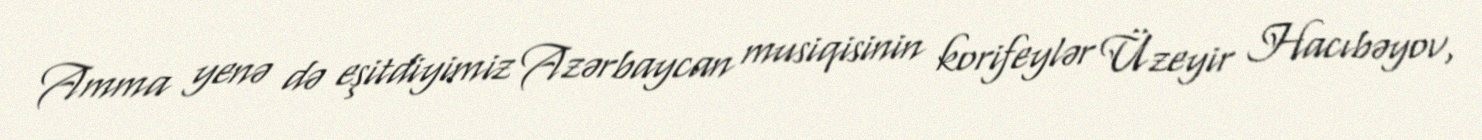
Amma yenə də eşitdiyimiz Azərbaycan musiqisinin korifeylər Üzeyir Hacıbəyov,